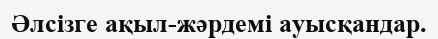
Әлсізге ақыл-жәрдемі ауысқандар.